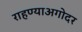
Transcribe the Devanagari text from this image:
राहण्याअगोदर